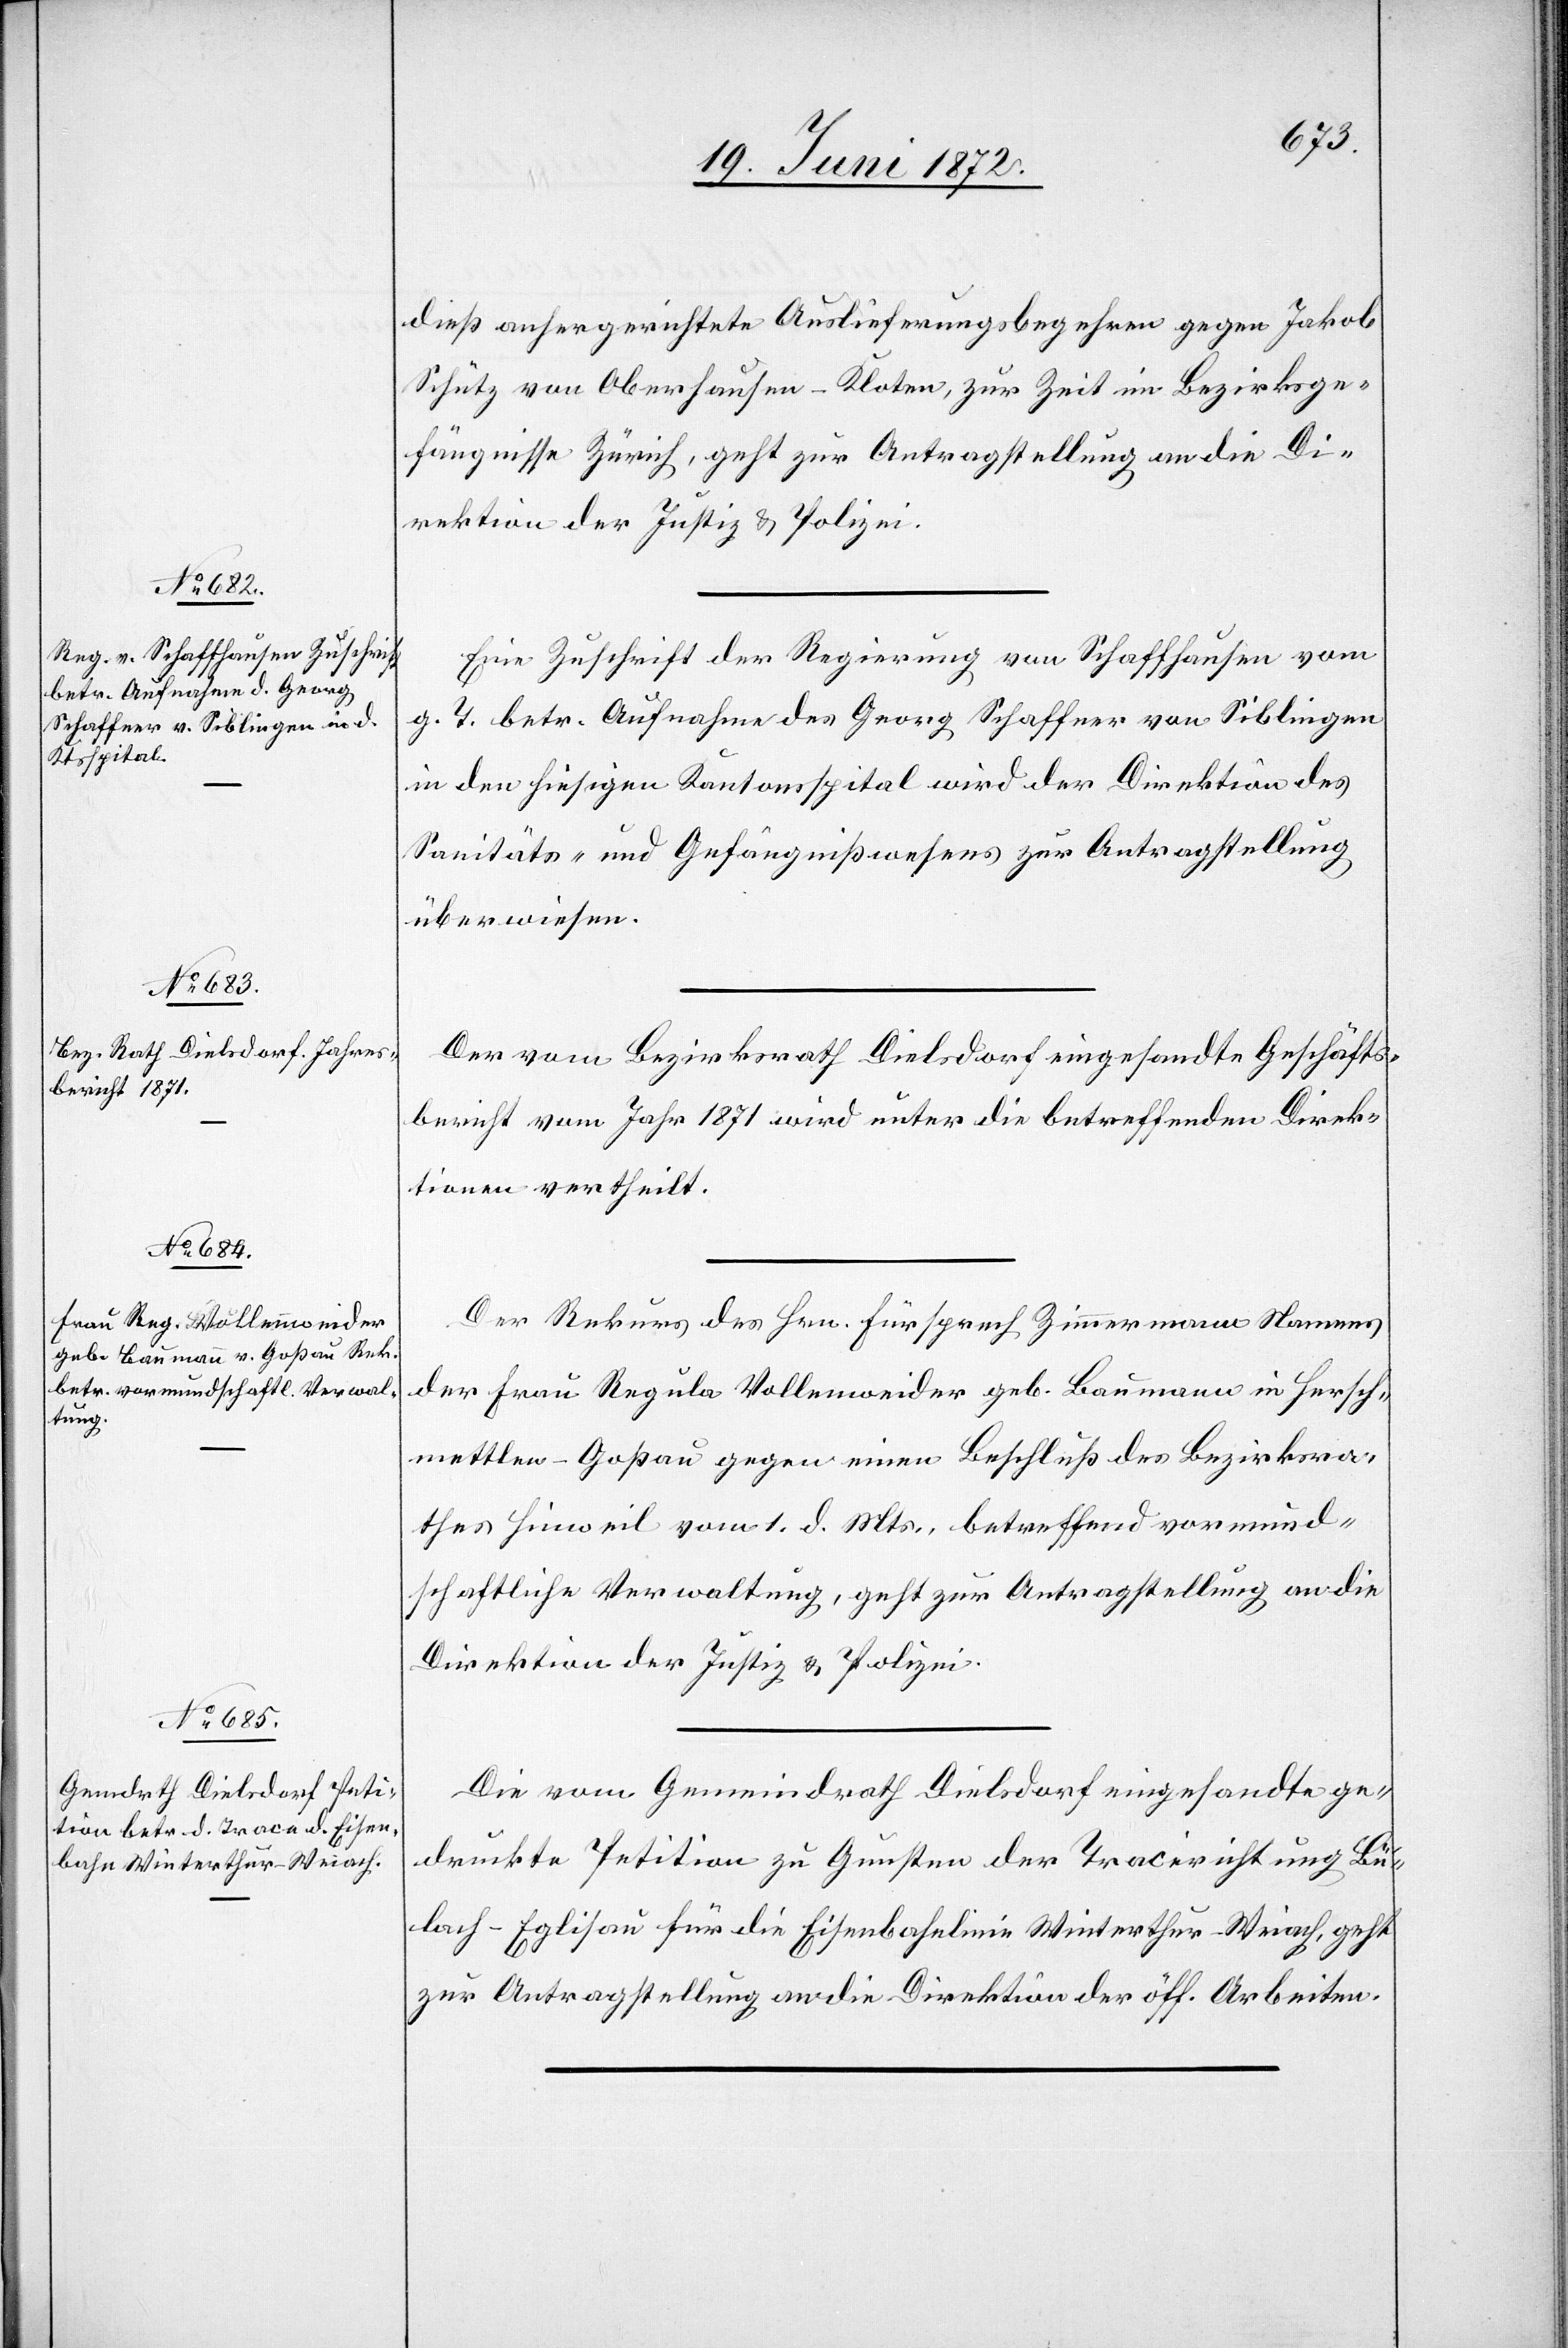
21. Juni 1872.]
dieß anhergerichtete Auslieferungsbegehren gegen Jakob
Schütz von Oberhausen-Kloten, zur Zeit im Bezirksge¬
fängnisse Zürich, geht zur Antragstellung an die Di¬
rektion der Justiz u. Polizei.
Eine Zuschrift der Regierung von Schaffhausen vom
g. T. betr. Aufnahme des Georg Schaffner von Siblingen
in den hiesigen Kantonsspital wird der Direktion des
Sanitäts- u. Gefängnißwesens zur Antragstellung
überwiesen.
Der vom Bezirksrath Dielsdorf eingesandte Geschäfts¬
bericht vom Jahr 1871 wird unter die betreffenden Direk¬
tionen vertheilt.
Der Rekurs des Hrn. Fürsprech Zimmermann Namens
der Frau Regula Vollenweider geb. Baumann in Hersch¬
mettlen-Goßau gegen einen Beschluß des Bezirksra¬
thes Hinweil vom 1. d. Mts., betreffend vormund¬
schaftliche Verwaltung, geht zur Antragstellung an die
Direktion der Justiz u. Polizei.
Die vom Gemeindrath Dielsdorf eingesandte ge¬
druckte Petition zu Gunsten der Tracerichtung Bü¬
lach–Eglisau für die Eisenbahnlinie Winterthur–Weiach, geht
zur Antragstellung an die Direktion der öff. Arbeiten.